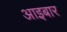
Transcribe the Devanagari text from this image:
आइबार